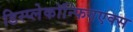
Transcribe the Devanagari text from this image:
डिस्प्लेकॉन्फिगएक्स